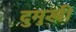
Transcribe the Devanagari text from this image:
दुमुखी